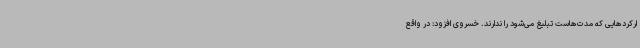
ارکردهایی که مدت‌هاست تبلیغ می‌شود را ندارند. خسروی افزود: در واقع